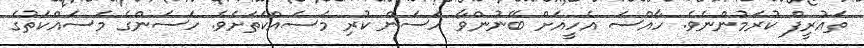
ތައުރީފް ކުރަމުންނެވެ. ހާއްސަ އެހީއަށް ބޭނުންވާ ހަސަން ކުރި މަސައްކަތަށެވެ. ހަސަންގެ މަސައްކަތުގެ